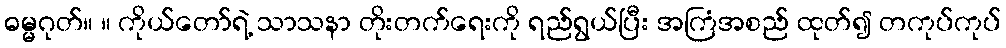
ဓမ္မဂုတ်။ ။ ကိုယ်တော်ရဲ့ သာသနာ တိုးတက်ရေးကို ရည်ရွယ်ပြီး အကြံအစည် ထုတ်၍ တကုပ်ကုပ်